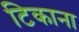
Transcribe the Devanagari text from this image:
टिकाना